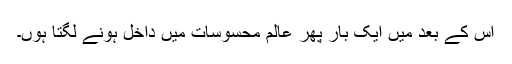
اس کے بعد میں ایک بار پھر عالمِ محسوسات میں داخل ہونے لگتا ہوں۔